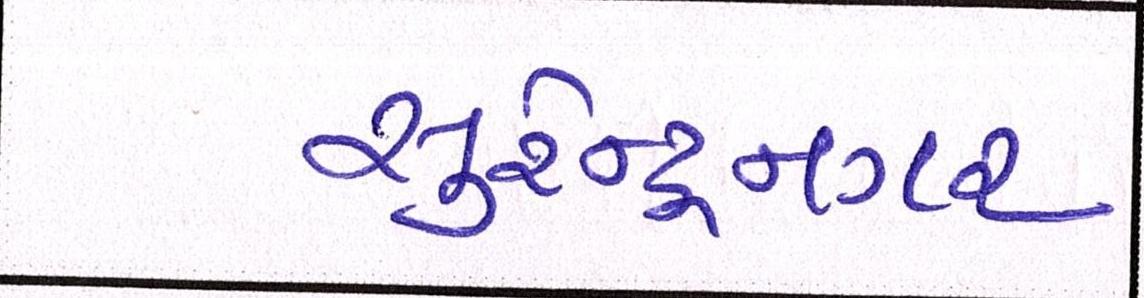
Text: સુરેન્દ્રનગર